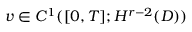
v \in C ^ { 1 } ( [ 0 , T ] ; H ^ { r - 2 } ( D ) )